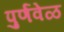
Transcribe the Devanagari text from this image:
पुर्णवेळ